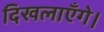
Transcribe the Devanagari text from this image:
दिखलाएँगे।